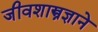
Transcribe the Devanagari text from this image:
जीवशास्त्रज्ञाने